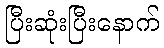
ပြီးဆုံးပြီးနောက်